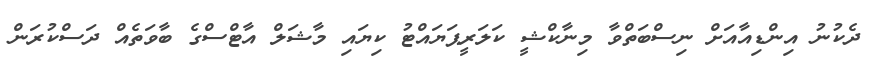
ދެކުނު އިންޑިއާއަށް ނިސްބަތްވާ މިނާކްޝީ ކަލަރީޕަޔައްޓު ކިޔައި މާޝަލް އާޓްސްގެ ބާވަތެއް ދަސްކުރަން